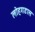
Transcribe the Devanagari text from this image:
लोहगडास